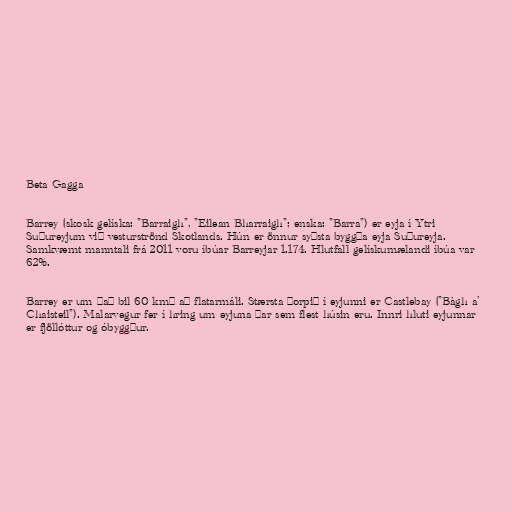
Beta Gagga

Barrey (skosk gelíska: "Barraigh", "Eilean Bharraigh"; enska: "Barra") er eyja í Ytri
Suðureyjum við vesturströnd Skotlands. Hún er önnur syðsta byggða eyja Suðureyja.
Samkvæmt manntali frá 2011 voru íbúar Barreyjar 1.174. Hlutfall gelískumælandi íbúa var
62%.

Barrey er um það bil 60 km² að flatarmáli. Stærsta þorpið í eyjunni er Castlebay ("Bàgh a'
Chaisteil"). Malarvegur fer í hring um eyjuna þar sem flest húsin eru. Innri hluti eyjunnar
er fjöllóttur og óbyggður.